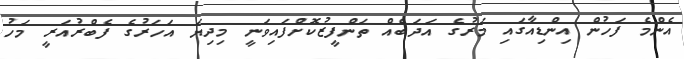
އެންމެ ފަހުން އިންޑިއާގައި މަރުގެ އަދަބެއް ތަންފީޒުކޮށްފައިވަނީ މިދިޔަ އަހަރުގެ ފެބްރުއަރީ މަހު